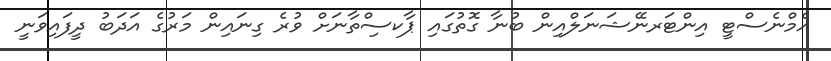
އެމްނެސްޓީ އިންޓަރނޭޝަނަލްއިން ބުނާ ގޮތުގައި ޕާކސިްތާނަށް ވުރެ ގިނައިން މަރުގެ އަދަބު ދީފައިވަނީ